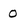
Character: O